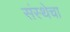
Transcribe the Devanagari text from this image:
संस्‍थेचा